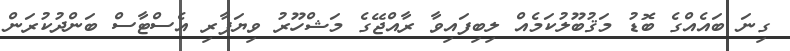
ގިނަ ބައެއްގެ ބޮޑު މަޤުބޫލުކަމެއް ލިބިފައިވާ ރާއްޖޭގެ މަޝްހޫރު ވިޔަފާރި އެސްޓާސް ބަންދުކުރަން